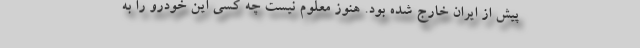
پیش از ایران خارج شده بود. هنوز معلوم نیست چه کسی این خودرو را به